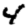
Digit: 4